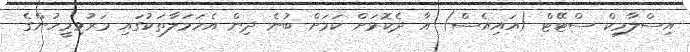
އިސްލާމިކް ސްޓޭޓް (އައިއެސް) އާ ދެކޮޅަށް ކަމަށް ބުނެ ދިން އެހަމަލާތަކުގައި މަރުވިމީހުންގެ